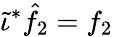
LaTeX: \tilde{\iota}^{*}\hat{f}_{2}=f_{2}